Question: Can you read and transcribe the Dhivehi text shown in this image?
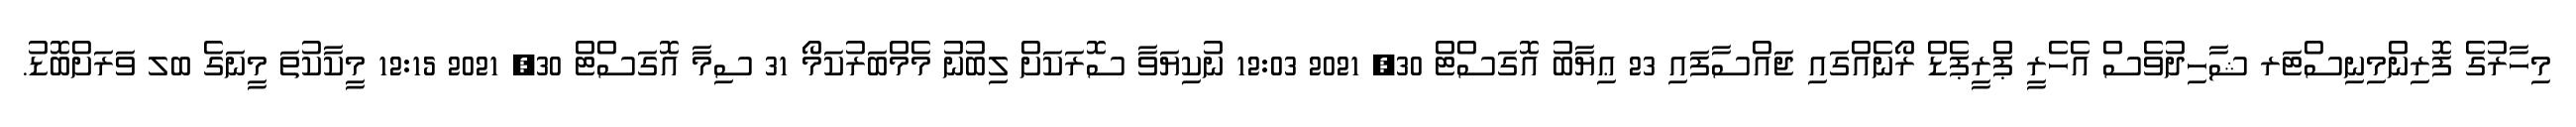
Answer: މިހާރުގެ ފޮރިންމިނިސްޓަރ ޝާހިދުވެސް އެހެރީ ޕްރީޕެޑް ރޯނެއްގައި ޖައްސާފައި 23 ޢިޔާބު އޮގަސްޓް 30, 2021 12:03 ނުކިޔަވާ ސޮރަކަށް ލިބުނު މެމްބަރުކަމޯ 31 ސިމާ އޮގަސްޓް 30, 2021 12:15 މީކާކުތަ މީނަގެ ބލ ވަރަށްބޮޑު.